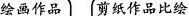
绘画作品 剪纸作品比绘